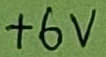
Text: +6V